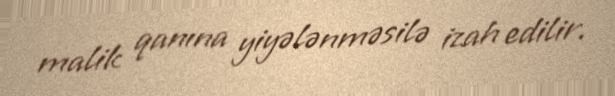
malik qanına yiyələnməsilə izah edilir.